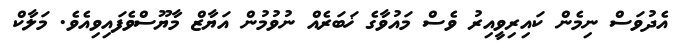
އެދުވަސް ނިމެން ކައިރިވީއިރު ވެސް މައުވާގެ ޚަބަރެއް ނުވުމުން އަޔާޒް މާޔޫސްވެފައިވިއެވެ. މަލާކް